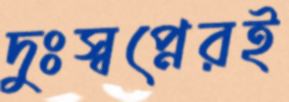
দুঃস্বপ্নেরই